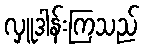
လှူဒါန်းကြသည်